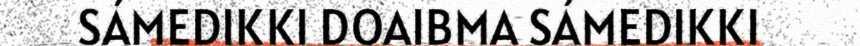
SÁMEDIKKI DOAIBMA SÁMEDIKKI